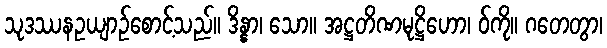
သုဒဿနဥယျာဉ်စောင့်သည်။ ဒိန္နာ၊ သော။ အဋ္ဌတိဏမုဋ္ဌိဟော၊ ဝ်ကို။ ဂတေတွာ၊